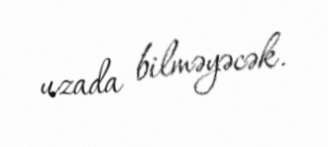
uzada bilməyəcək.